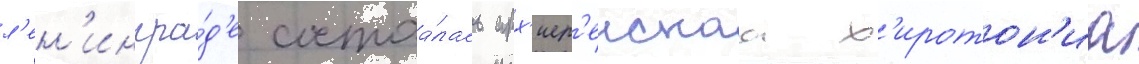
л'ен'ингра́д'е состоа́лась арх'иер'еискаа х'иротон'иа